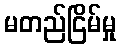
မတည်ငြိမ်မှု